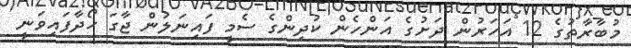
މުބާރާތުގެ 12 އަހަރުން ދަށުގެ އަންހެން ކުދިންގެ ސެމީ ފައިނަލުން ޖާގަ ހޯދާފައިވަނީ